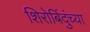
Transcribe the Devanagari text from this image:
शिरोबिंदुंच्या